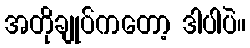
အတိုချုပ်ကတော့ ဒါပါပဲ။